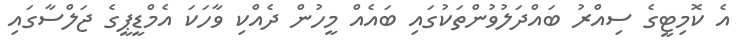
އެ ކޮމިޓީގެ ސިއްރު ބައްދަލުވުންތަކުގައި ބައެއް މީހުން ދެއްކި ވާހަކަ އެމްޑީޕީގެ ޖަލްސާގައި